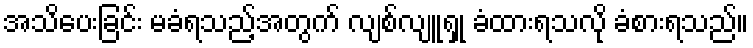
အသိပေးခြင်း မခံရသည့်အတွက် လျစ်လျူရှု ခံထားရသလို ခံစားရသည်။